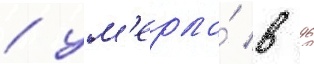
/ ум'ерла́ в 96